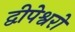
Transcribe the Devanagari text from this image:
द्वीपेश्वरों